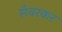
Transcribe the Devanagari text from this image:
सँवरकर